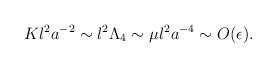
LaTeX: \begin{align*}Kl^2a^{-2} \sim l^2\Lambda_4 \sim \mu l^2a^{-4} \sim O(\epsilon). \end{align*}